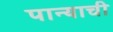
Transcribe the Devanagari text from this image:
पान्याची